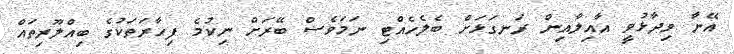
އޭނާ ވިދާޅުވީ އާއިލާއިން ރަނގަޅަށް ބެލެހެއްޓި ނަމަވެސް ބޭރަށް ނިކުމެ ފިހާރަތަކުގެ ބިއްލޫރިތައް